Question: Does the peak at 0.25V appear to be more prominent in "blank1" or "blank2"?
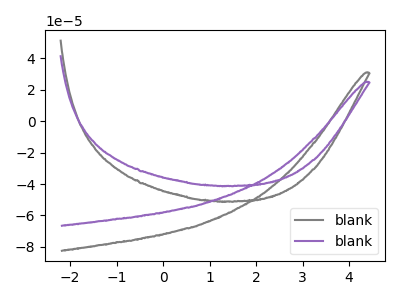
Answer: <think>The gray curve "blank1" has no peaks. The purple curve "blank2" has no peaks.</think>
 <answer>"blank1" and "blank2" dont share a peak at 0.25V.</answer>
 <eval>mismatch</eval>